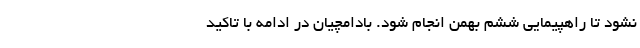
نشود تا راهپیمایی ششم بهمن انجام شود. بادامچیان در ادامه با تاکید